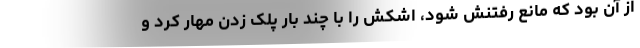
از آن بود که مانع رفتنش شود، اشکش را با چند بار پلک زدن مهار کرد و